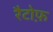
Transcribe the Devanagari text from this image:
रैटोफ़